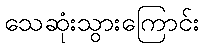
သေဆုံးသွားကြောင်း